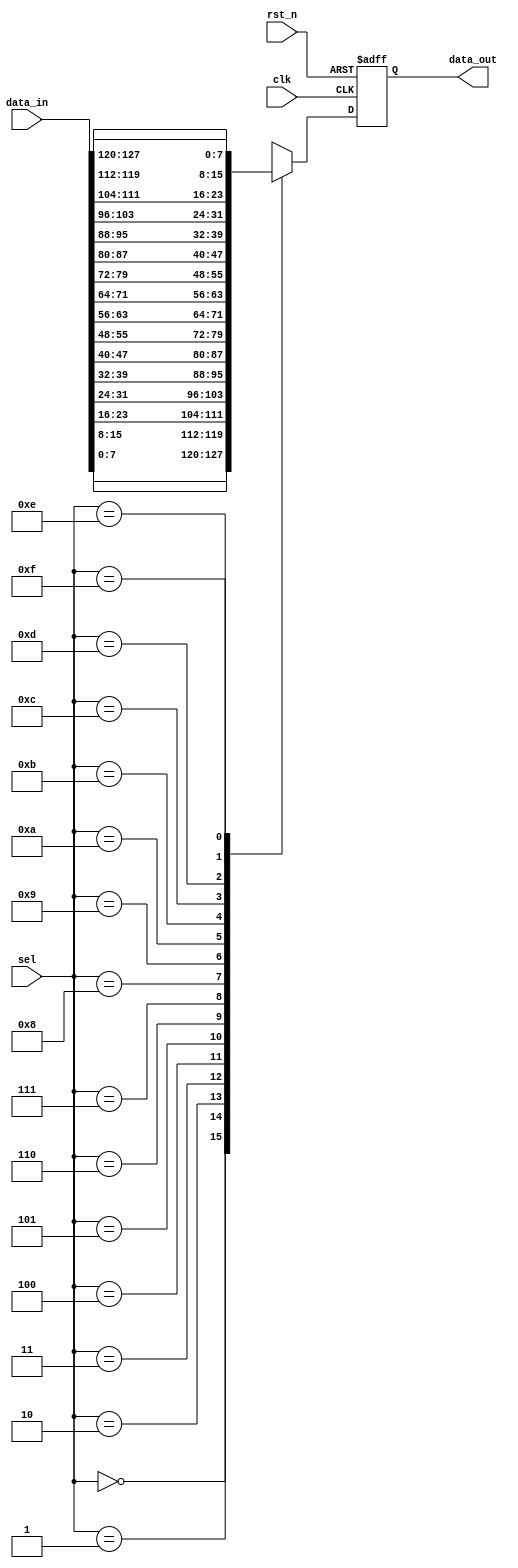
//-----------------------------------------------------------------------------
// Title         : Pixel-wide 16to1 Multiplexer
// Project       : SWIN_BRAM
//-----------------------------------------------------------------------------
//-----------------------------------------------------------------------------
// Description :
//------------------------------------------------------------------------------
// Modification history :
// 10.03.2017 : created
//-----------------------------------------------------------------------------

module mux16_w8(/*AUTOARG*/
   // Outputs
   data_out,
   // Inputs
   clk, rst_n, sel, data_in
   );

   input wire clk;
   input wire rst_n;

   input wire [3:0] sel;
   input wire [16*8-1:0] data_in;

   output reg [8-1:0]    data_out;

   always @(posedge clk or negedge rst_n) begin
      if(!rst_n) begin
         data_out <= 8'b0;
      end else begin
         case (sel)

           // Generated
           0: data_out <= data_in[8*1-1:8*0];
           1: data_out <= data_in[8*2-1:8*1];
           2: data_out <= data_in[8*3-1:8*2];
           3: data_out <= data_in[8*4-1:8*3];
           4: data_out <= data_in[8*5-1:8*4];
           5: data_out <= data_in[8*6-1:8*5];
           6: data_out <= data_in[8*7-1:8*6];
           7: data_out <= data_in[8*8-1:8*7];
           8: data_out <= data_in[8*9-1:8*8];
           9: data_out <= data_in[8*10-1:8*9];
           10: data_out <= data_in[8*11-1:8*10];
           11: data_out <= data_in[8*12-1:8*11];
           12: data_out <= data_in[8*13-1:8*12];
           13: data_out <= data_in[8*14-1:8*13];
           14: data_out <= data_in[8*15-1:8*14];
           15: data_out <= data_in[8*16-1:8*15];
           // EndGen
         endcase // case (sel)
      end // else: !if(!rst_n)
   end // always @ (posedge clk or negedge rst_n)

endmodule // mux16_w8